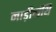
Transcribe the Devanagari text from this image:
नाड़ीग्रंथि